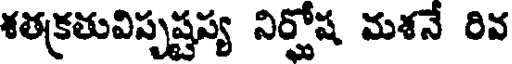
శతక్రతువిస్పష్టప్య నిర్హోష మశనే రివ